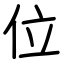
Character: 位